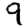
Digit: 9